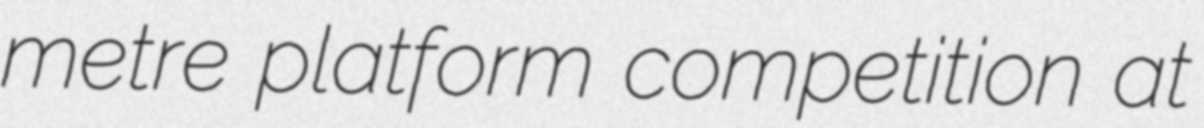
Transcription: metre platform competition at